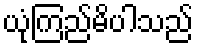
ယုံကြည်မိပါသည်